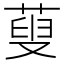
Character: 蓃